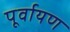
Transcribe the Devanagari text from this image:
पूर्वायण